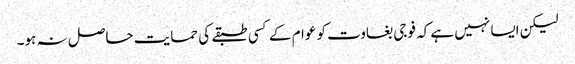
لیکن ایسا نہیں ہے کہ فوجی بغاوت کو عوام کے کسی طبقے کی حمایت حاصل نہ ہو۔